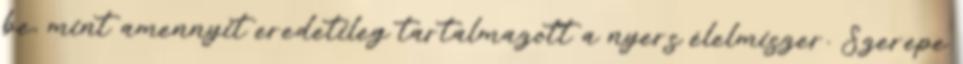
be, mint amennyit eredetileg tartalmazott a nyers élelmiszer. Szerepe